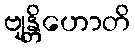
ဗျန္တိဟောတိ